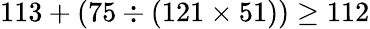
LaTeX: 113+(75\div(121\times 51))\geq 112